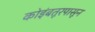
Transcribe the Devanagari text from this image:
कोइंबतूरपासून